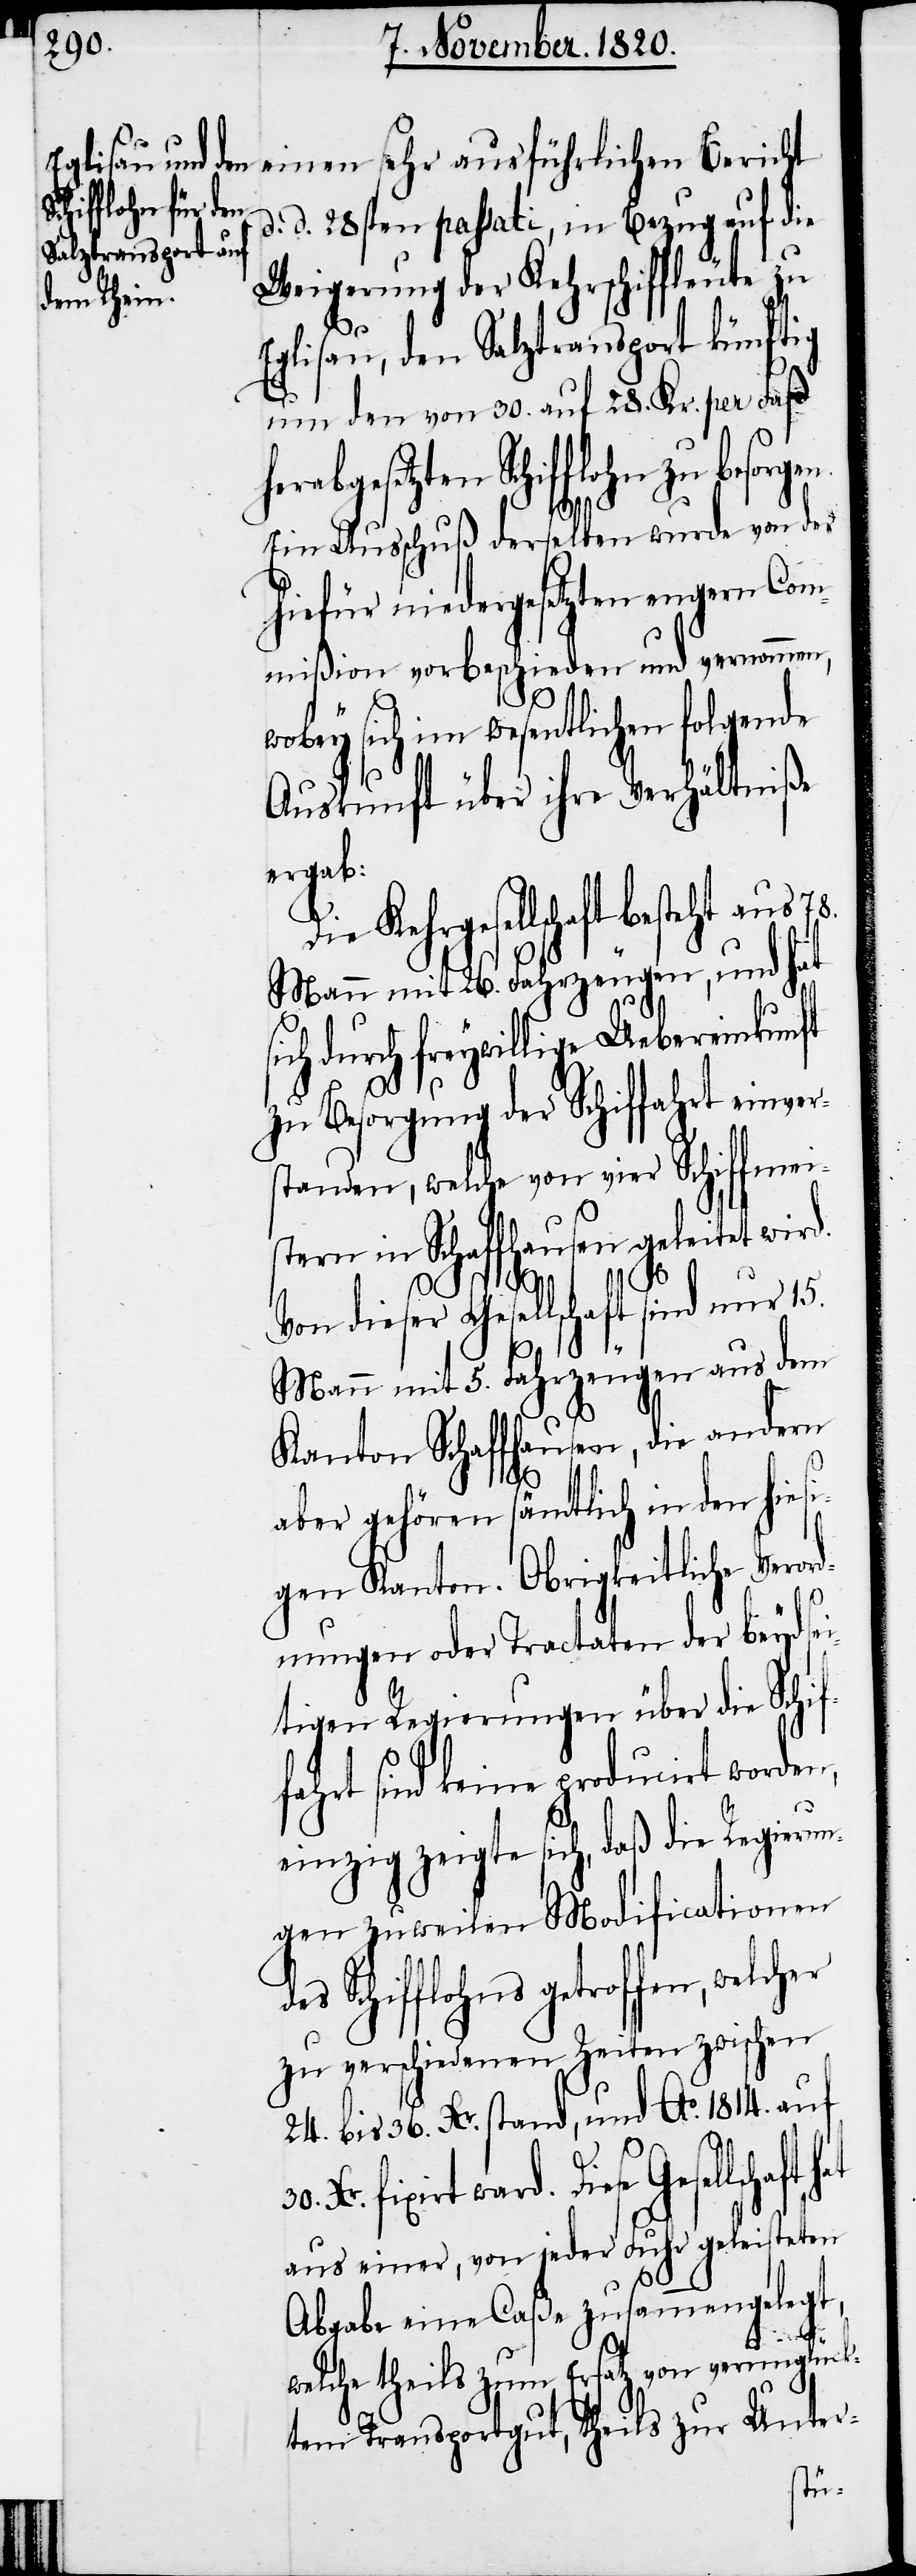
d. d. 28sten passati, in Bezug auf die
Weigerung der Kehrschiffleute zu
Eglisau, den Salztransport künftig
um den von 30. auf 28. Kr. per Faß
herabgesetzten Schifflohn zu besorgen.
Keh¬
Ein Ausschuß derselben wurde von der
hiefür niedergesetzten engern Com¬
mißion vorbeschieden und vernommen,
wobey sich im wesentlichen folgende
Auskunft über ihre Verhältniße
ergab:
des Schifflohns
Mann mit 26. Fahrzeugen, und hat
ich durch freywillige Uebereinkunft
Xr.
zu Besorgung der Schiffahrt einver¬
standen, welche von vier Schiffmei¬
stern in Schaffhausen geleitet wird.
Von dieser Gesellschaft sind nur 15.
s¬
Mann mit 5. Fahrzeugen aus dem
Kanton Schaffhausen, die andern
30.
aber gehören sämtlich in den hiesi¬
gen Kanton. Obrigkeitliche Vero¬
rd¬
nungen oder Tractaten der beydsei¬
tigen Regierungen über die Schif¬
fahrt sind keine producirt worden,
einzig zeigte sich, daß die Regieru¬
ngen zuweilen Modificationen
zu verschiedenen Zeiten zwischen
24. bis 36. Xr. stand, und Ao. 1814. auf
ward. Diese Gesellschaft
aus einer, von jeder Fuhr geleisteten
Abgabe eine Caße zusammengelegt,
Die
welche theils zum Ersatz von verunglück¬
ten Transportgut, theils zur Unter-